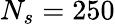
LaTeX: N_{s}=250